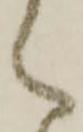
く